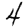
Digit: 4